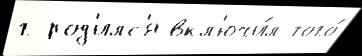
г род'илс'я вкл'ючи́л того́